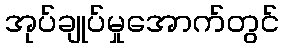
အုပ်ချုပ်မှုအောက်တွင်